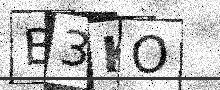
Text: B3KO